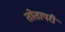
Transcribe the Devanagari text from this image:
तोतापरी